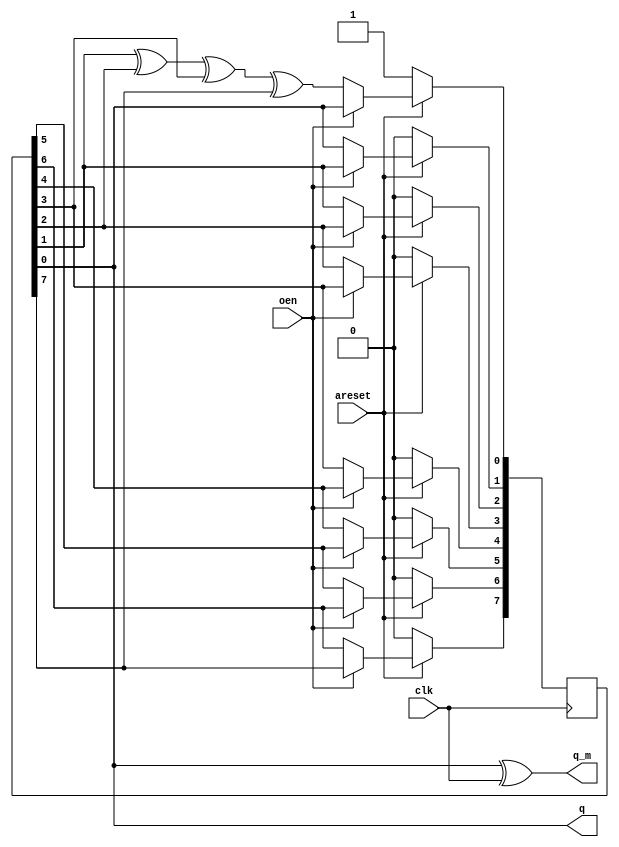
`timescale 1ns / 1ps
//////////////////////////////////////////////////////////////////////////////////
// Company: 
// Engineer: 
// 
// Design Name: 
// Module Name:    signal_m 
// Project Name: 
// Target Devices: 
// Tool versions: 
// Description: 
//
// Dependencies: 
//
// Revision: 
// Revision 0.01 - File Created
// Additional Comments: 
//
//////////////////////////////////////////////////////////////////////////////////
module signal_m(clk,areset,oen,q,q_m
    );
	 
input clk;
input areset;
input oen;

output  q;
output q_m;

reg [7:0] LFSR = 0;

always@(posedge clk) begin
	if(~areset)
		LFSR<=9'b000000001;
	else if(~oen) begin
		LFSR[1]<=LFSR[0];
		LFSR[2]<=LFSR[1];
		LFSR[3]<=LFSR[2];
		LFSR[4]<=LFSR[3];
		LFSR[5]<=LFSR[4];
		LFSR[6]<=LFSR[5];
		LFSR[7]<=LFSR[6];
        
		LFSR[0]<=LFSR[1]^LFSR[2]^LFSR[3]^LFSR[7];
	end
end

assign q_m=LFSR[0]^clk;
assign q=LFSR[0];

endmodule